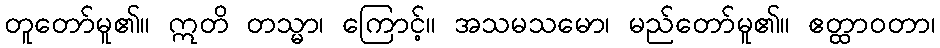
တူတော်မူ၏။ ဣတိ တသ္မာ၊ ကြောင့်။ အသမသမော၊ မည်တော်မူ၏။ ဧတ္ထာဝတာ၊